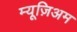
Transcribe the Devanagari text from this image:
म्यूज़िअम